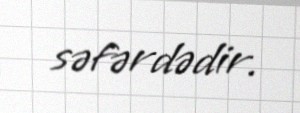
səfərdədir.